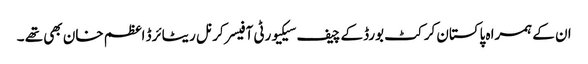
ان کے ہمراہ پاکستان کرکٹ بورڈکے چیف سیکیورٹی آفیسر کرنل ریٹائرڈ اعظم خان بھی تھے ۔